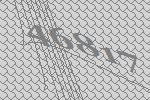
46817